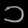
Digit: ၁